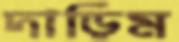
দাড়িম